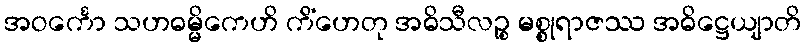
အဝင်္ကော သဟဓမ္မိကေဟိ ကိံဟေတု အဓိသီလဉ္စ မစ္စုရာဇဿ အဓိဋ္ဌေယျာတိ